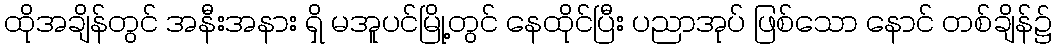
ထိုအချိန်တွင် အနီးအနား ရှိ မအူပင်မြို့တွင် နေထိုင်ပြီး ပညာအုပ် ဖြစ်သော နောင် တစ်ချိန်၌